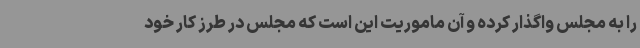
را به مجلس واگذار کرده و آن ماموریت این است که مجلس در طرز کار خود